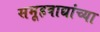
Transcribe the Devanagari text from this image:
समूहवाद्यांच्या